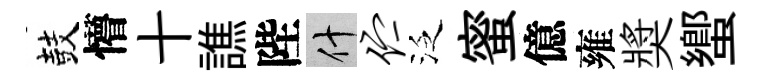
鼓懵十譙陛什伫泛蜜億雍奬蠁